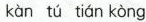
kan tu tian kong